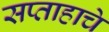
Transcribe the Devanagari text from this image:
सप्ताहाचे